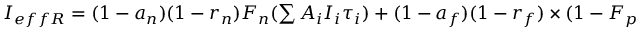
\begin{array} { r } { I _ { e f f R } = ( 1 - a _ { n } ) ( 1 - r _ { n } ) F _ { n } ( \sum { A _ { i } I _ { i } \tau _ { i } } ) + ( 1 - a _ { f } ) ( 1 - r _ { f } ) \times ( 1 - F _ { p } ) ( 1 - r _ { n } ) ( 1 - F _ { n } ) ( \sum { A _ { i } I _ { i } \tau _ { i } } ) } \end{array}